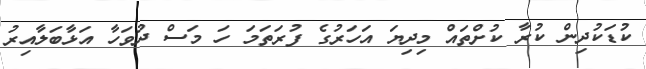
ކުޑަކުދިން ކުރާ ކުށްތައް މިދިޔަ އަހަރުގެ ފުރަތަމަ ހަ މަސް ދުވަހާ އަޅާބަލާއިރު